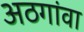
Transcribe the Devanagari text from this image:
अठगांवा